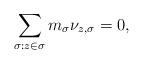
LaTeX: \begin{align*}\sum \limits_{\sigma: z \in \sigma} m_\sigma \nu_{z, \sigma} = 0,\end{align*}